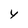
Character: Y